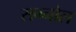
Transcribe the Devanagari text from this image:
सग्नोल